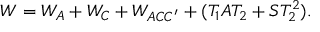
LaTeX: W = W _ { A } + W _ { C } + W _ { A C C ^ { \prime } } + ( T _ { 1 } A T _ { 2 } + S T _ { 2 } ^ { 2 } ) .